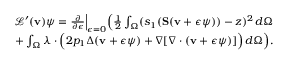
\begin{array} { r l r } & { } & { \mathcal { L } ^ { \prime } ( \mathbf { v } ) \boldsymbol { \psi } = \frac { \partial } { \partial \epsilon } \Big \rvert _ { \epsilon = 0 } \Big ( \frac { 1 } { 2 } \int _ { \Omega } ( s _ { 1 } ( \mathbf { S } ( \mathbf { v } + \epsilon \boldsymbol { \psi } ) ) - z ) ^ { 2 } \, d \Omega } \\ & { } & { + \int _ { \Omega } \boldsymbol { \lambda } \cdot \Big ( 2 p _ { 1 } \Delta ( \mathbf { v } + \epsilon \boldsymbol { \psi } ) + \nabla [ \nabla \cdot ( \mathbf { v } + \epsilon \boldsymbol { \psi } ) ] \Big ) \, d \Omega \Big ) . } \end{array}